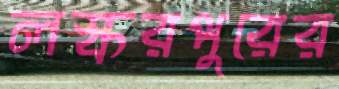
লস্করপুরের